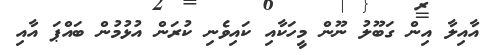
އާއިލާ އިން ގަބޫލު ނޫން މީހަކާއި ކައިވެނި ކުރަން އުޅުމުން ބައްޕަ އާއި